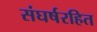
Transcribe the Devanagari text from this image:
संघर्षरहित